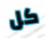
كل